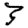
Digit: 3